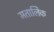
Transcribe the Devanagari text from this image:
मतालिक